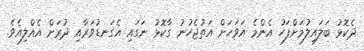
ދެކޮޅު ބަލައިލުމަށްފަހު އެންމެ އަވަހަށް އަތުޖެހުނު ގާކޮޅު ނަގައި އެގަނޑުވަރާއި ދުރަށް އެއްލިއެވެ.